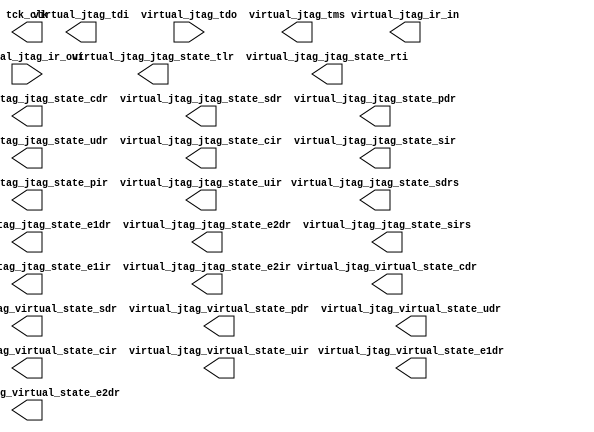

module v_jtag (
	virtual_jtag_tdi,
	virtual_jtag_tdo,
	virtual_jtag_ir_in,
	virtual_jtag_ir_out,
	virtual_jtag_virtual_state_cdr,
	virtual_jtag_virtual_state_sdr,
	virtual_jtag_virtual_state_e1dr,
	virtual_jtag_virtual_state_pdr,
	virtual_jtag_virtual_state_e2dr,
	virtual_jtag_virtual_state_udr,
	virtual_jtag_virtual_state_cir,
	virtual_jtag_virtual_state_uir,
	virtual_jtag_tms,
	virtual_jtag_jtag_state_tlr,
	virtual_jtag_jtag_state_rti,
	virtual_jtag_jtag_state_sdrs,
	virtual_jtag_jtag_state_cdr,
	virtual_jtag_jtag_state_sdr,
	virtual_jtag_jtag_state_e1dr,
	virtual_jtag_jtag_state_pdr,
	virtual_jtag_jtag_state_e2dr,
	virtual_jtag_jtag_state_udr,
	virtual_jtag_jtag_state_sirs,
	virtual_jtag_jtag_state_cir,
	virtual_jtag_jtag_state_sir,
	virtual_jtag_jtag_state_e1ir,
	virtual_jtag_jtag_state_pir,
	virtual_jtag_jtag_state_e2ir,
	virtual_jtag_jtag_state_uir,
	tck_clk);	

	output		virtual_jtag_tdi;
	input		virtual_jtag_tdo;
	output	[0:0]	virtual_jtag_ir_in;
	input	[0:0]	virtual_jtag_ir_out;
	output		virtual_jtag_virtual_state_cdr;
	output		virtual_jtag_virtual_state_sdr;
	output		virtual_jtag_virtual_state_e1dr;
	output		virtual_jtag_virtual_state_pdr;
	output		virtual_jtag_virtual_state_e2dr;
	output		virtual_jtag_virtual_state_udr;
	output		virtual_jtag_virtual_state_cir;
	output		virtual_jtag_virtual_state_uir;
	output		virtual_jtag_tms;
	output		virtual_jtag_jtag_state_tlr;
	output		virtual_jtag_jtag_state_rti;
	output		virtual_jtag_jtag_state_sdrs;
	output		virtual_jtag_jtag_state_cdr;
	output		virtual_jtag_jtag_state_sdr;
	output		virtual_jtag_jtag_state_e1dr;
	output		virtual_jtag_jtag_state_pdr;
	output		virtual_jtag_jtag_state_e2dr;
	output		virtual_jtag_jtag_state_udr;
	output		virtual_jtag_jtag_state_sirs;
	output		virtual_jtag_jtag_state_cir;
	output		virtual_jtag_jtag_state_sir;
	output		virtual_jtag_jtag_state_e1ir;
	output		virtual_jtag_jtag_state_pir;
	output		virtual_jtag_jtag_state_e2ir;
	output		virtual_jtag_jtag_state_uir;
	output		tck_clk;
endmodule